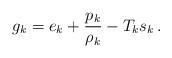
LaTeX: \begin{align*}g_k=e_k+\frac{p_k}{\rho_k}-T_ks_k\,.\end{align*}